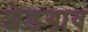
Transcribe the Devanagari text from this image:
शेडगाव